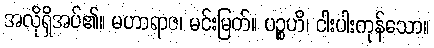
အလိုရှိအပ်၏။ မဟာရာဇ၊ မင်းမြတ်။ ပဉ္စဟိ၊ ငါးပါးကုန်သော။